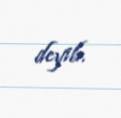
deyib.